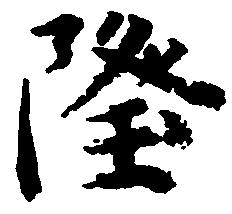
隆